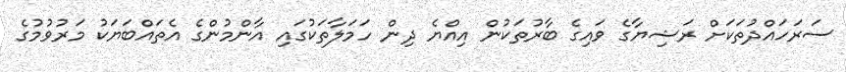
ސަރަހައްދުތަކަށް ރަޝިޔާގެ ވައިގެ ބާރުތަކުން އިއްޔެ ދިން ހަމަލާތަކުގައި އާންމުންގެ އެތައްބަޔަކު މަރުވުމުގެ